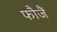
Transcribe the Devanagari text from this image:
फौजैं